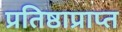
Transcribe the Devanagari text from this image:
प्रतिष्ठाप्राप्त